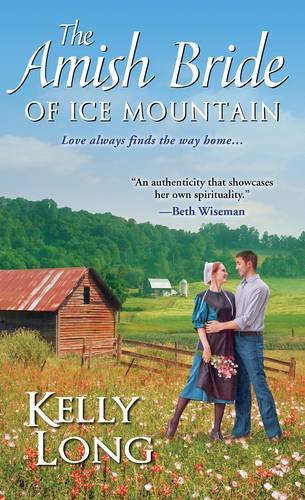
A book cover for The Amish Bride of Ice Mountain; Kelly Long; Romance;